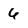
Character: 6